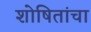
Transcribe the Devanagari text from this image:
शोषितांचा